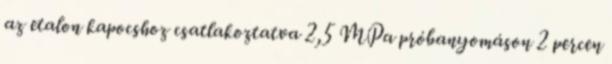
az etalon kapocshoz csatlakoztatva 2,5 MPa próbanyomáson 2 percen